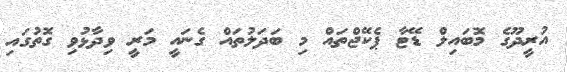
އުރީދޫގެ މޮބައިލް ޑޭޓާ ޕެކޭޖްތައް މި ބަދަލުތައް ގެނައީ މަރީ ވިދާޅުވި ގޮތުގައި